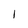
Character: 1